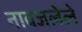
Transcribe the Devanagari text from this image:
नावजलेले